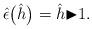
LaTeX: \begin{gather*}{\hat{\epsilon}}\big(\hat{h}\big)=\hat{h}{\blacktriangleright}1.\end{gather*}